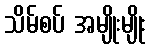
သိမ်စပ် အမျိုးမျိုး